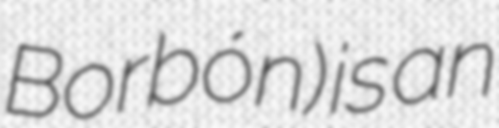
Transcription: Borbón) is an